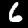
Digit: 6